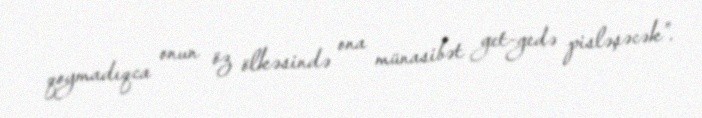
qoymadıqca onun öz ölkəsində ona münasibət get-gedə pisləşəcək”.